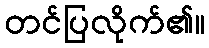
တင်ပြလိုက်၏။